Civil Veterinary Department. Madras. Admin. report 1926-33 - 1926-1933
Year: 1926
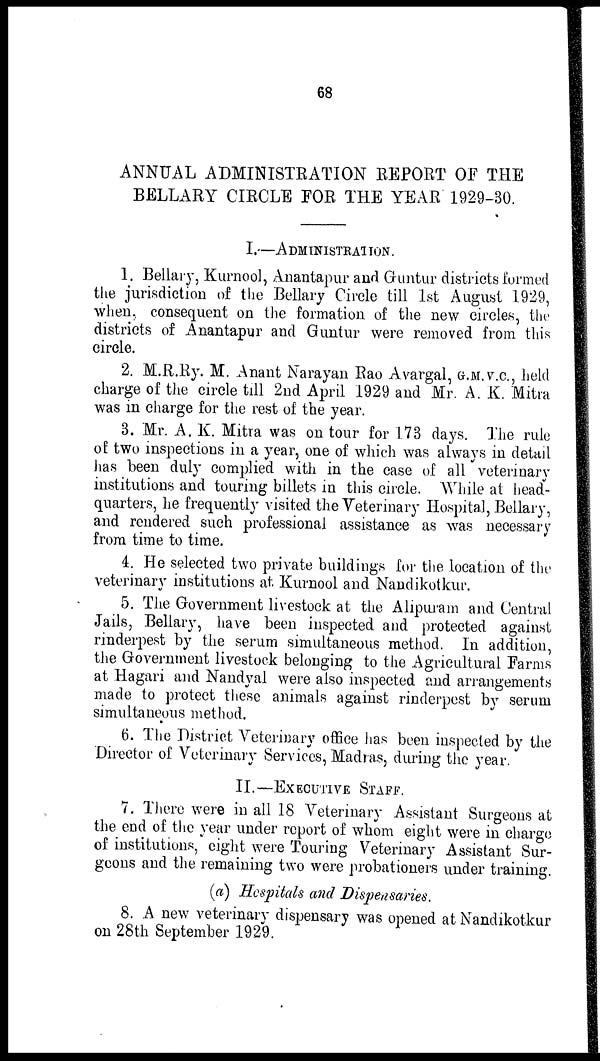
68
ANNUAL ADMINISTRATION REPORT OF THE
BELLARY CIRCLE FOR THE YEAR 1929-30.
I.—ADMINISTRATION.
1. Bellary, Kurnool, Anantapur and Guntur districts formed
the jurisdiction of the Bellary Circle till 1st August 1929,
when, consequent on the formation of the new circles, the
districts of Anantapur and Guntur were removed from this
circle.
2. M.R.Ry. M. Anant Narayan Rao Avargal, G.M.V.C., held
charge of the circle till 2nd April 1929 and Mr. A. K. Mitra
was in charge for the rest of the year.
3. Mr. A. K. Mitra was on tour for 173 days. The rule
of two inspections in a year, one of which was always in detail
has been duly complied with in the case of all veterinary
institutions and touring billets in this circle. While at head-
quarters, he frequently visited the Veterinary Hospital, Bellary,
and rendered such professional assistance as was necessary
from time to time.
4. He selected two private buildings for the location of the
veterinary institutions at Kurnool and Nandikotkur.
5. The Government livestock at the Alipuram and Central
Jails, Bellary, have been inspected and protected against
rinderpest by the serum simultaneous method. In addition,
the Government livestock belonging to the Agricultural Farms
at Hagari and Nandyal were also inspected and arrangements
made to protect these animals against rinderpest by serum
simultaneous method.
6. The District Veterinary office has been inspected by the
Director of Veterinary Services, Madras, during the year.
II.—EXECUTIVE STAFF.
7. There were in all 18 Veterinary Assistant Surgeons at
the end of the year under report of whom eight were in charge
of institutions, eight were Touring Veterinary Assistant Sur-
geons and the remaining two were probationers under training.
(a) Hospitals and Dispensaries.
8. A new veterinary dispensary was opened at Nandikotkur
on 28th September 1929.